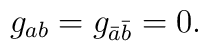
g_{ab}=g_{\bar{a}\bar{b}}=0.